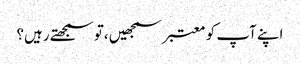
اپنے آپ کو معتبر سمجھیں ،تو سمجھتے رہیں؟